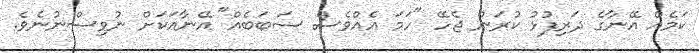
ކަމެއް އޭނާގެ ދަރިފުޅު ކުރަން ޖެހޭ "ހަމަ އެއްވެސް ސަބަބެއް" އޭނާއަކަށް ނުވިސްނުނެވެ.